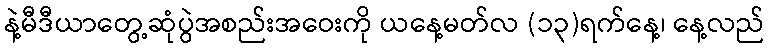
နဲ့မီဒီယာတွေ့ဆုံပွဲအစည်းအဝေးကို ယနေ့မတ်လ (၁၃)ရက်နေ့၊ နေ့လည်